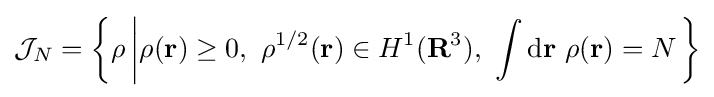
{\mathcal {J}}_{N}=\left\{\rho \left|\rho (\mathbf {r} )\geq 0,\ \rho ^{1/2}(\mathbf {r} )\in H^{1}(\mathbf {R} ^{3}),\ \int \mathrm {d} \mathbf {r} \ \rho (\mathbf {r} )=N\right.\right\}